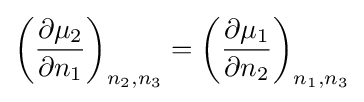
\left({\frac {\partial \mu _{2}}{\partial n_{1}}}\right)_{n_{2},n_{3}}=\left({\frac {\partial \mu _{1}}{\partial n_{2}}}\right)_{n_{1},n_{3}}